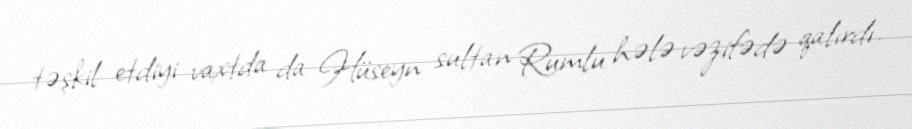
təşkil etdiyi vaxtda da Hüseyn sultan Rumlu hələ vəzifədə qalırdı.